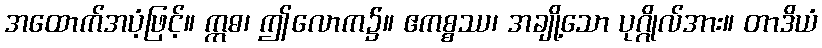
အထောက်အပံ့ဖြင့်။ ဣဓ၊ ဤလောက၌။ ဧကစ္စဿ၊ အချို့သော ပုဂ္ဂိုလ်အား။ တာဒိယံ